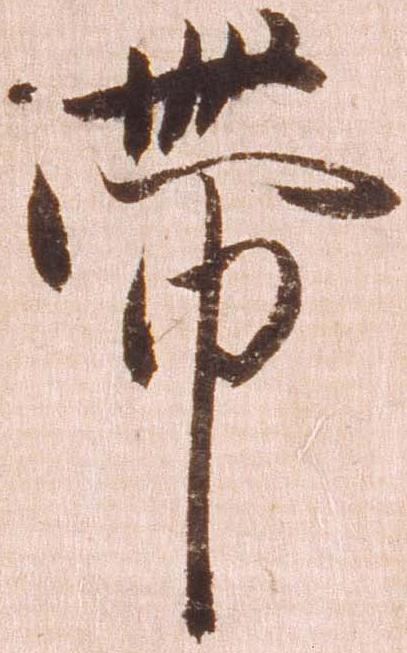
帯